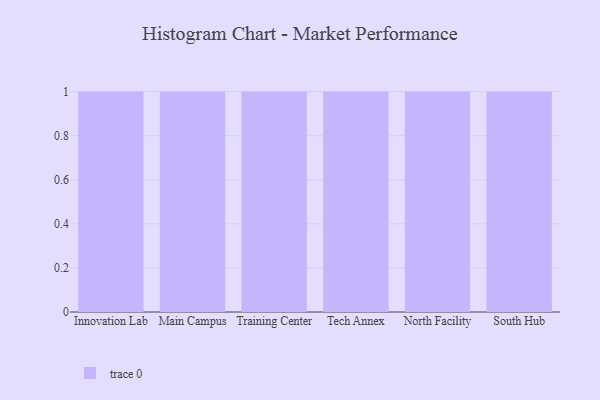
{"axis": {"x": "Campus", "y": "Budget (USD K)"}, "legend": [""], "data": [{"x": "Innovation Lab", "y": 99, "type": ""}, {"x": "Main Campus", "y": 66, "type": ""}, {"x": "Training Center", "y": 60, "type": ""}, {"x": "Tech Annex", "y": 48, "type": ""}, {"x": "North Facility", "y": 37, "type": ""}, {"x": "South Hub", "y": 25, "type": ""}]}